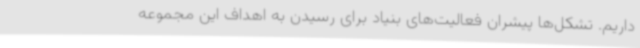
داریم. تشکل‌ها پیشران فعالیت‌های بنیاد برای رسیدن به اهداف این مجموعه